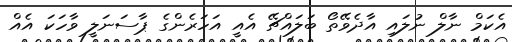
އެކަމް ނާލް ނުލައި އާދެވޭތޯ ބަލައްޗޭ އެއީ އަަހަރެންގެ ޕާސަނަލީ ވާހަކަ އެއް